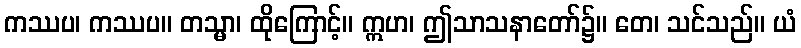
ကဿပ၊ ကဿပ။ တသ္မာ၊ ထိုကြောင့်။ ဣဟ၊ ဤသာသနာတော်၌။ တေ၊ သင်သည်။ ယံ